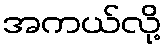
အကယ်လို့